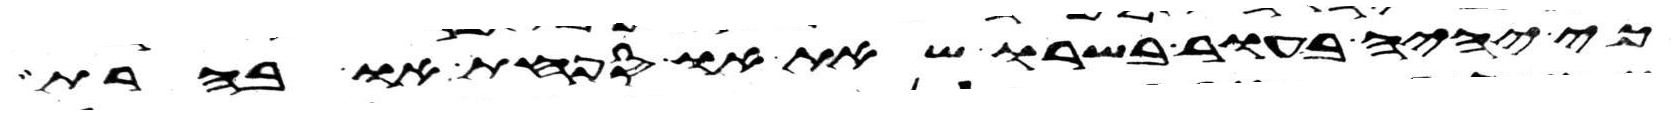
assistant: כי יהיה בעור בשרו שאת או ספחת או בהרת